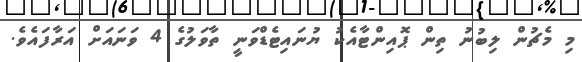
މި މެޗުން ލިބުނު ތިން ޕޮއިންޓާއެކު ޔުނައިޓެޑްވަނީ ތާވަލުގެ 4 ވަނައަށް އަރާފައެވެ.